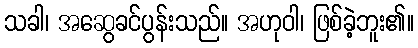
သခါ၊ အဆွေခင်ပွန်းသည်။ အဟုဝါ၊ ဖြစ်ခဲ့ဘူး၏။